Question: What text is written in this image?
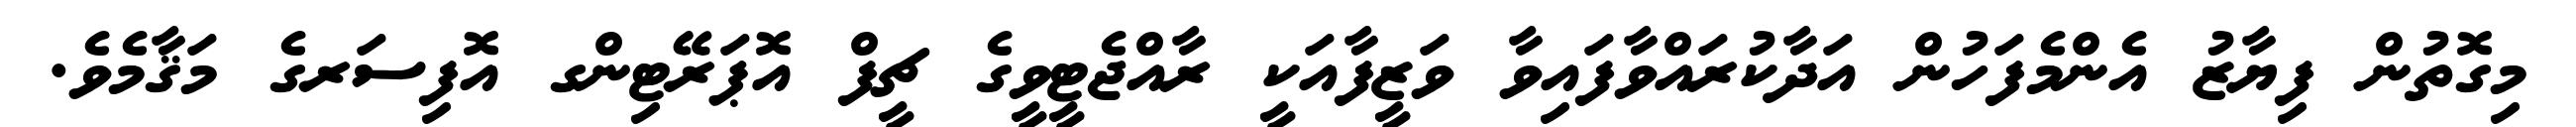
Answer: މިގޮތުން ފިޔާޒު އެންމެފަހުން އަދާކުރައްވާފައިވާ ވަޒީފާއަކީ ރާއްޖެޓީވީގެ ޗީފް އޮޕަރޭޓިންގ އޮފިސަރގެ މަޤާމެވެ.